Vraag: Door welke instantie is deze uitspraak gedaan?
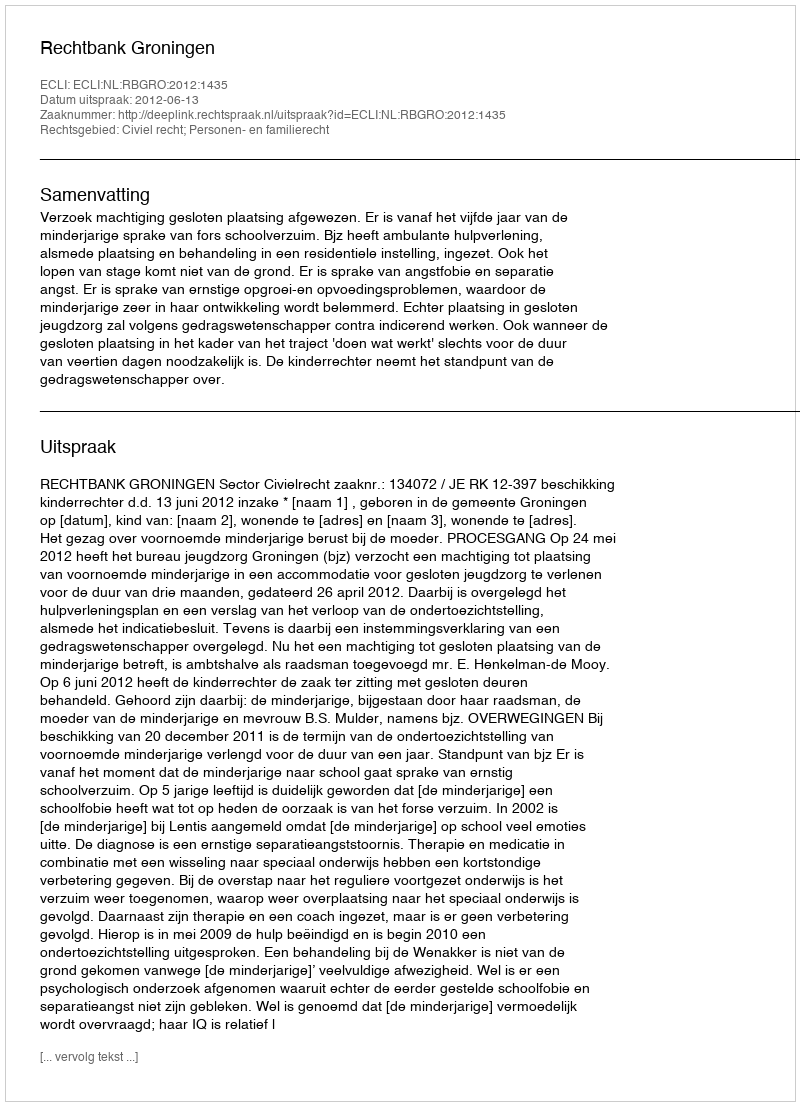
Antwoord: Rechtbank Groningen